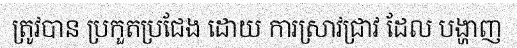
ត្រូវបាន ប្រកួតប្រជែង ដោយ ការស្រាវជ្រាវ ដែល បង្ហាញ